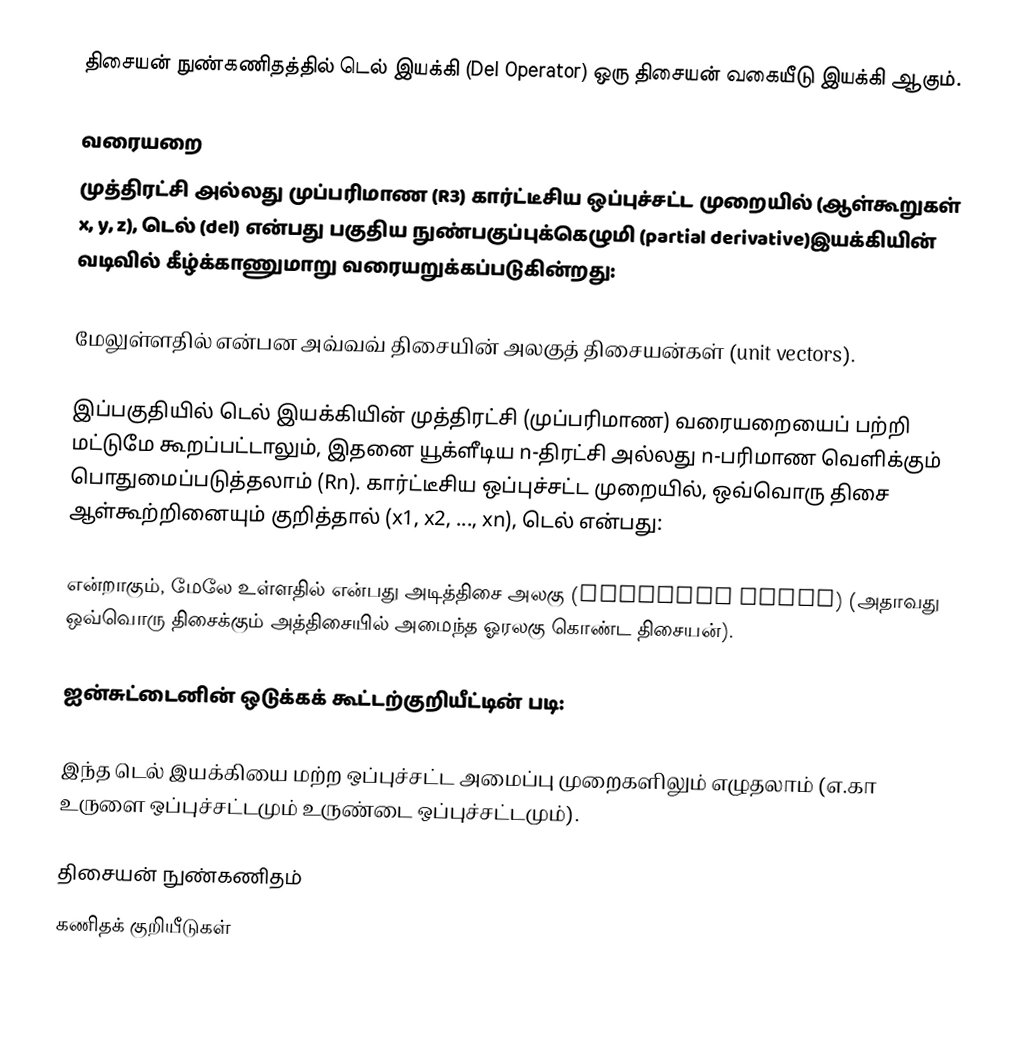
திசையன் நுண்கணிதத்தில் டெல் இயக்கி (Del Operator) ஒரு திசையன் வகையீடு இயக்கி ஆகும்.

வரையறை
முத்திரட்சி அல்லது முப்பரிமாண (R3) கார்ட்டீசிய ஒப்புச்சட்ட முறையில் (ஆள்கூறுகள் x, y, z), டெல் (del) என்பது பகுதிய நுண்பகுப்புக்கெழுமி (partial derivative)இயக்கியின் வடிவில் கீழ்க்காணுமாறு வரையறுக்கப்படுகின்றது:

மேலுள்ளதில்  என்பன அவ்வவ் திசையின் அலகுத் திசையன்கள் (unit vectors).

இப்பகுதியில் டெல் இயக்கியின் முத்திரட்சி (முப்பரிமாண) வரையறையைப் பற்றி மட்டுமே கூறப்பட்டாலும், இதனை யூக்ளீடிய n-திரட்சி அல்லது n-பரிமாண வெளிக்கும் பொதுமைப்படுத்தலாம் (Rn). கார்ட்டீசிய ஒப்புச்சட்ட முறையில், ஒவ்வொரு திசை ஆள்கூற்றினையும் குறித்தால் (x1, x2, ..., xn), டெல் என்பது:

என்றாகும், மேலே உள்ளதில்  என்பது அடித்திசை அலகு (standard basis) (அதாவது ஒவ்வொரு திசைக்கும் அத்திசையில் அமைந்த ஓரலகு கொண்ட திசையன்).

ஐன்சுட்டைனின் ஒடுக்கக் கூட்டற்குறியீட்டின் படி:

இந்த டெல் இயக்கியை மற்ற ஒப்புச்சட்ட அமைப்பு முறைகளிலும் எழுதலாம் (எ.கா உருளை ஒப்புச்சட்டமும் உருண்டை ஒப்புச்சட்டமும்).

திசையன் நுண்கணிதம்
கணிதக் குறியீடுகள்